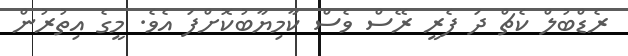
ރެޑްބުލް ކެޗް ދަ ފެރީ ރޭސް ވެސް ކާމިޔާބުކޮށްފަ އެވެ. މީގެ އިތުރުން